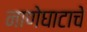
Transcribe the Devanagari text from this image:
नाणेघाटाचे